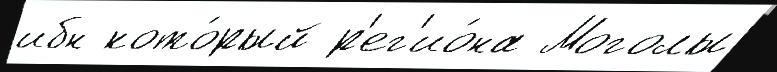
ибн кото́рый р'ег'ио́на Моголы